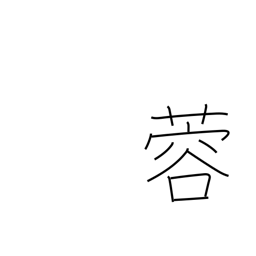
Meaning: lotus